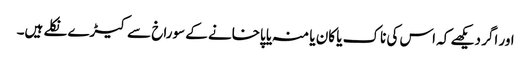
اور اگر دیکھے کہ اس کی ناک یا کان یا منہ یا پاخانے کے سوراخ سے کیڑے نکلے ہیں۔